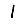
Digit: 1